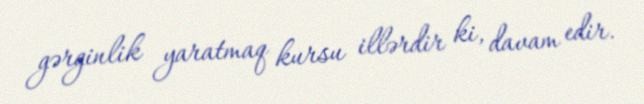
gərginlik yaratmaq kursu illərdir ki, davam edir.